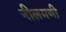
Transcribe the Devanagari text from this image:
नीलमणी